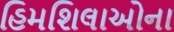
હિમશિલાઓના